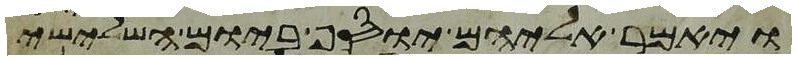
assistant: ויאמר אליהם יוסף ביום השלישי